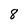
Character: 8